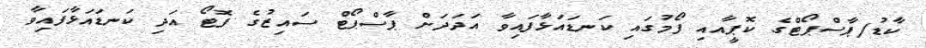
ކާޑު/ޕާސްޕޯޓްގެ ކޮޕީއާއި ފޯމުގައި ކަނޑައަޅާފައިވާ އަދަދަށް ޕާސްޕޯޓް ސައިޒުގެ ފޮޓޯ އަދި ކަނޑައަޅާފައިވާ